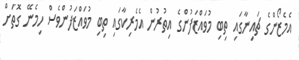
އެމެޒޯންގެ ޗައިނާގައި ތިބި މުވައްޒަފުންގެ އިތުރުން އެމެރިކާގައި ތިބި މުވައްޒަފުންވެސް ހިމެނޭ ގޮތަށް